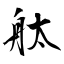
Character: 舦